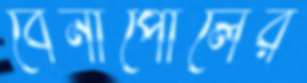
বেনাপোলের